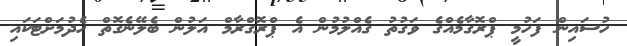
ހުސައިން ފަހުމީ ޕްރޮގާމެއްގެ ވަގުތު ގެއްލުމުން އެ ޕްރޮގްރާމް އަލުން ބެލޭނެގޮތް ހެދުމަށްޓަކައި